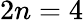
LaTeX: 2n=4